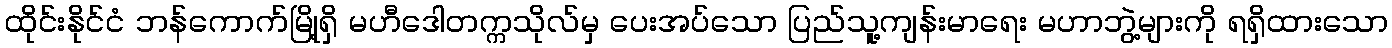
ထိုင်းနိုင်ငံ ဘန်ကောက်မြို့ရှိ မဟီဒေါတက္ကသိုလ်မှ ပေးအပ်သော ပြည်သူ့ကျန်းမာရေး မဟာဘွဲ့များကို ရရှိထားသော